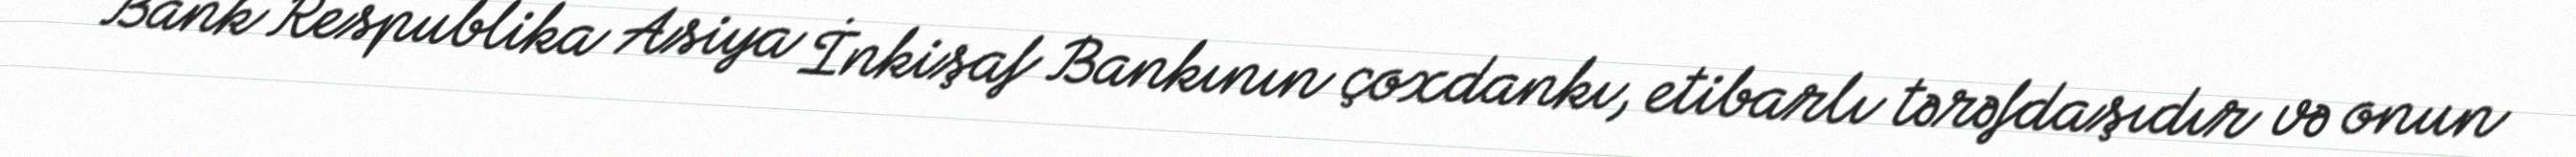
Bank Respublika Asiya İnkişaf Bankının çoxdankı, etibarlı tərəfdaşıdır və onun